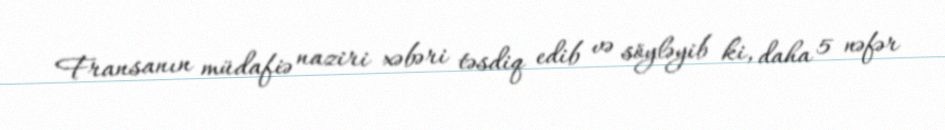
Fransanın müdafiə naziri xəbəri təsdiq edib və söyləyib ki, daha 5 nəfər